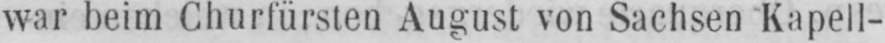
war beim Churfürsten August von Sachsen Kapell-